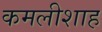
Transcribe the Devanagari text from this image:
कमलीशाह